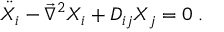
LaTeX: \ddot { X } _ { i } - \vec { \nabla } ^ { 2 } X _ { i } + { \cal D } _ { i j } X _ { j } = 0 \; .